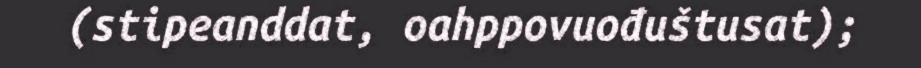
(stipeanddat, oahppovuođuštusat);